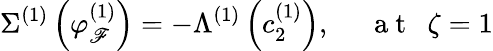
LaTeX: \Sigma^{(1)}\left(\varphi_{\mathscr{F}}^{(1)}\right)=-\Lambda^{(1)}\left(c_{2}^{(1)}\right),~~~~~\mathrm{{~a~t~}}~~\zeta=1